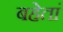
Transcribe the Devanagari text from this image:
बहेतां